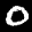
Label: 0